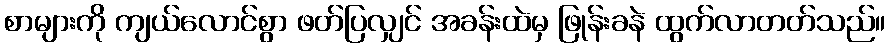
စာများကို ကျယ်လောင်စွာ ဖတ်ပြလျှင် အခန်းထဲမှ ဖြုန်းခနဲ ထွက်လာတတ်သည်။